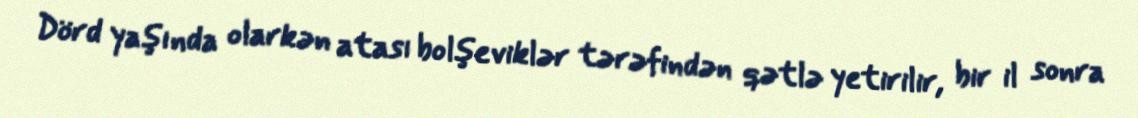
Dörd yaşında olarkən atası bolşeviklər tərəfindən qətlə yetirilir, bir il sonra